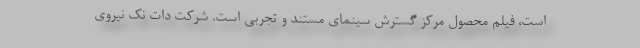
است، فیلم محصول مرکز گسترش سینمای مستند و تجربی است. شرکت دات نک نیروی